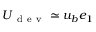
\boldsymbol { U } _ { \mathrm { ~ d ~ e ~ v ~ } } \simeq u _ { b } \boldsymbol { e } _ { 1 }